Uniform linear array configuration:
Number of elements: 48
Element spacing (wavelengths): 0.5
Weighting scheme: binomial
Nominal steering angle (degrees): -45
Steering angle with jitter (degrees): -43.208
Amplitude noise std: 0.05
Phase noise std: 0.05

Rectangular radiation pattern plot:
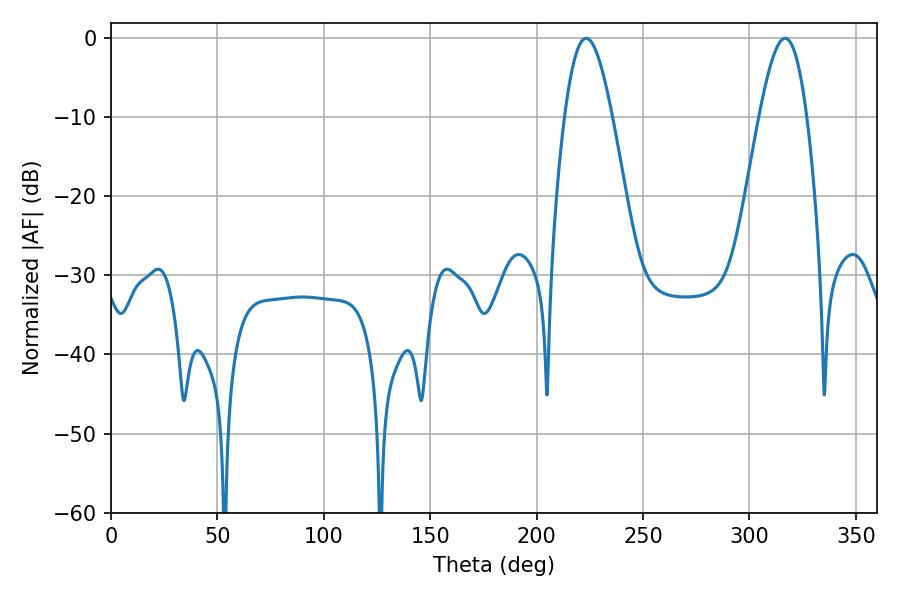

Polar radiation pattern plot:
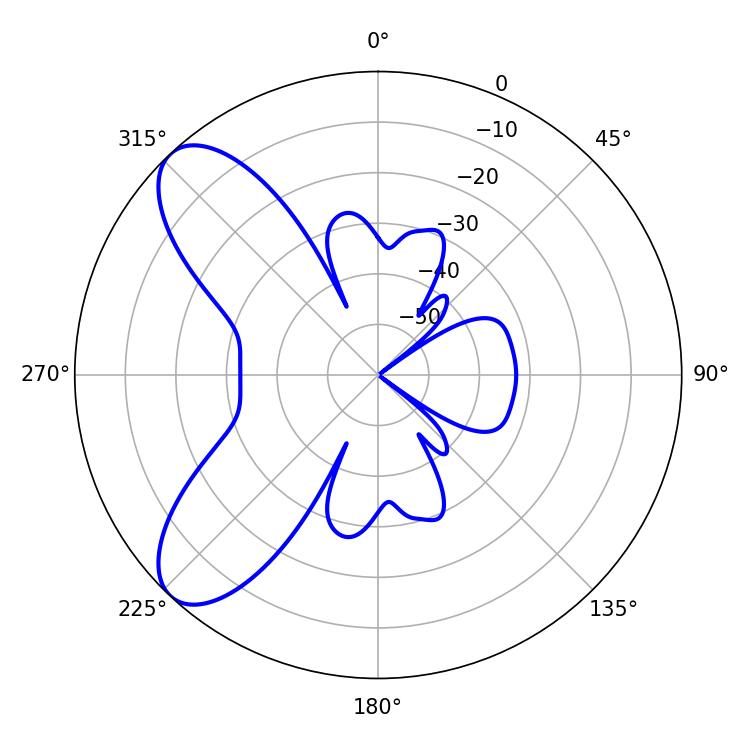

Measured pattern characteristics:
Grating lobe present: FALSE
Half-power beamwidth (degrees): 11.88
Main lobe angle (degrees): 223.2